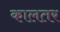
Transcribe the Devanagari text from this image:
कालतर